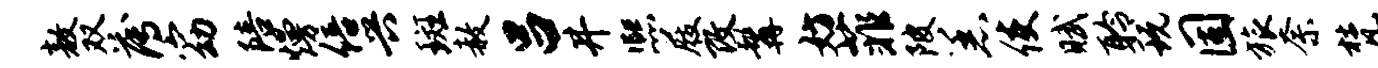
敖双薄窈陪熳倍兴斑赦吕井熙屐改髯妨菲陂恙使赋聆玩固旅奈梵